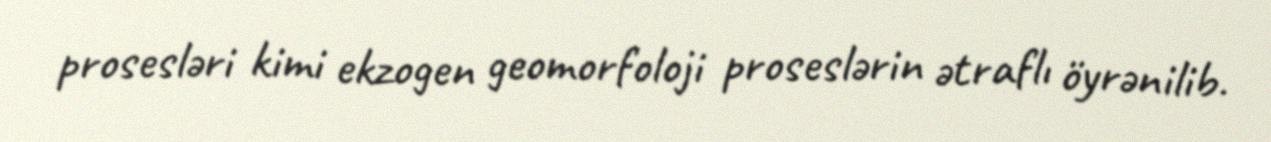
prosesləri kimi ekzogen geomorfoloji proseslərin ətraflı öyrənilib.